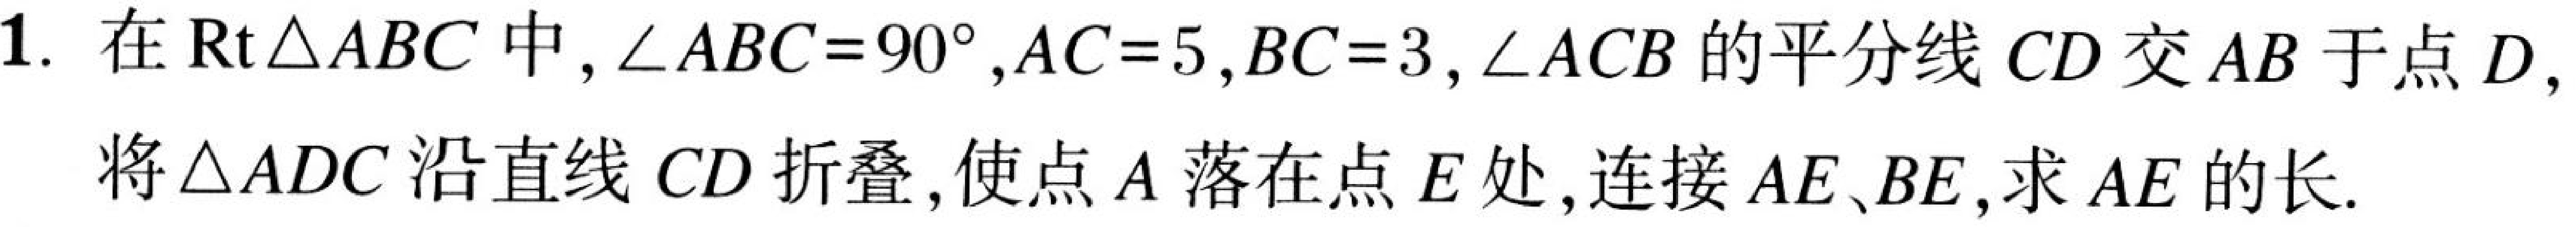
1. 在\(\text{Rt}\triangle ABC\)中，\(\angle ABC = 90^{\circ}\)，\(AC = 5\)，\(BC = 3\)，\(\angle ACB\)的平分线\(CD\)交\(AB\)于点\(D\)，
将\(\triangle ADC\)沿直线\(CD\)折叠，使点\(A\)落在点\(E\)处，连接\(AE、BE\)，求\(AE\)的长.